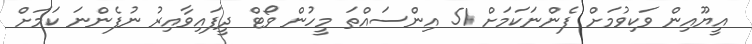
އީޔޫއިން ވަކިވުމަށް ފެންނަކަމަށް 51 އިންސައްތަ މީހުން ވޯޓް ދީފައިވާއިރު ނުފެންނަ ކަމަށް